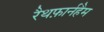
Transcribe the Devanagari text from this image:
रैथफ़ार्नहैम